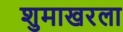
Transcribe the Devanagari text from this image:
शुमाखरला